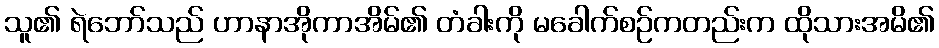
သူ၏ ရဲဘော်သည် ဟာနာအိုကာအိမ်၏ တံခါးကို မခေါက်စဉ်ကတည်းက ထိုသားအမိ၏